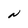
Character: N